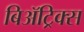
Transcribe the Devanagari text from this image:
बिॲट्रिक्स